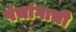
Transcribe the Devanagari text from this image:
पंचांगाची